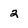
Character: 2